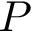
P